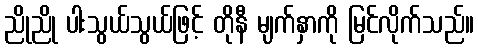
ညိုညို ပါးသွယ်သွယ်ဖြင့် တိုနီ မျက်နှာကို မြင်လိုက်သည်။